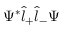
\Psi ^ { * } \hat { l } _ { + } \hat { l } _ { - } \Psi